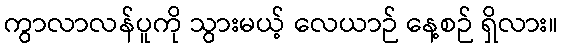
ကွာလာလန်ပူကို သွားမယ့် လေယာဉ် နေ့စဉ် ရှိလား။